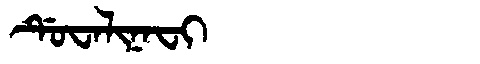
Manchu: ᡩᡠᠸᠠᠯᡳᠨᠠᠸᡳ
Romanization: DUWALINAFI